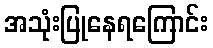
အသုံးပြုနေရကြောင်း